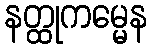
နတ္ထုကမ္မေန